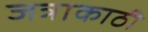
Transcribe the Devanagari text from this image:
जत्राकाठी